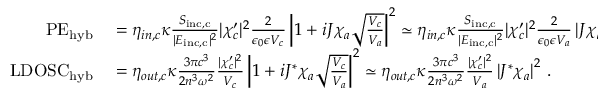
\begin{array} { r l } { \mathrm { P E } _ { \mathrm { h y b } } } & { { } = \eta _ { i n , c } \kappa \frac { S _ { \mathrm { i n c , c } } } { | E _ { \mathrm { i n c , c } } | ^ { 2 } } | \chi _ { c } ^ { \prime } | ^ { 2 } \frac { 2 } { \epsilon _ { 0 } \epsilon V _ { c } } \left| 1 + i J \chi _ { a } \sqrt { \frac { V _ { c } } { V _ { a } } } \right| ^ { 2 } \simeq \eta _ { i n , c } \kappa \frac { S _ { \mathrm { i n c , c } } } { | E _ { \mathrm { i n c , c } } | ^ { 2 } } | \chi _ { c } ^ { \prime } | ^ { 2 } \frac { 2 } { \epsilon _ { 0 } \epsilon V _ { a } } \left| J \chi _ { a } \right| ^ { 2 } } \\ { \mathrm { L D O S C } _ { \mathrm { h y b } } } & { { } = \eta _ { o u t , c } \kappa \frac { 3 \pi c ^ { 3 } } { 2 n ^ { 3 } \omega ^ { 2 } } \frac { | \chi _ { c } ^ { \prime } | ^ { 2 } } { V _ { c } } \left| 1 + i J ^ { * } \chi _ { a } \sqrt { \frac { V _ { c } } { V _ { a } } } \right| ^ { 2 } \simeq \eta _ { o u t , c } \kappa \frac { 3 \pi c ^ { 3 } } { 2 n ^ { 3 } \omega ^ { 2 } } \frac { | \chi _ { c } ^ { \prime } | ^ { 2 } } { V _ { a } } \left| J ^ { * } \chi _ { a } \right| ^ { 2 } \, . } \end{array}